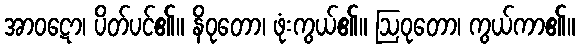
အာဝဋော၊ ပိတ်ပင်၏။ နိဝုတော၊ ဖုံးကွယ်၏။ ဩဝုတော၊ ကွယ်ကာ၏။